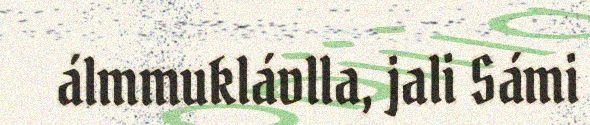
álmmuklávlla, jali Sámi